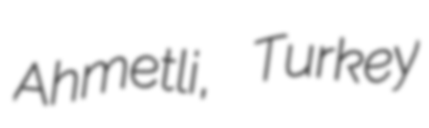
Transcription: Ahmetli, Turkey